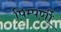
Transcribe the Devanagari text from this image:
पिम्पर्णी